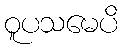
ဝူပသမေပိ